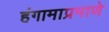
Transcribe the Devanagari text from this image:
हंगामाप्रमाणे